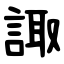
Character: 諏